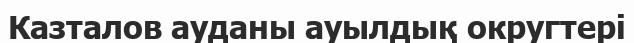
Казталов ауданы ауылдық округтері